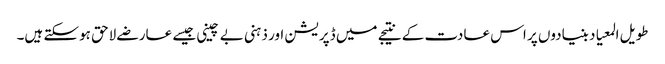
طویل المعیاد بنیادوں پر اس عادت کے نتیجے میں ڈپریشن اور ذہنی بے چینی جیسے عارضے لاحق ہوسکتے ہیں۔